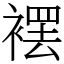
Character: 䙓